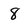
Character: 8